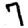
Digit: 7